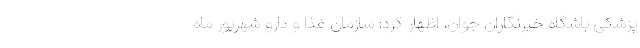
پزشكی باشگاه خبرنگاران جوان، اظهار کرد: سازمان غذا و دارو شهریور ماه